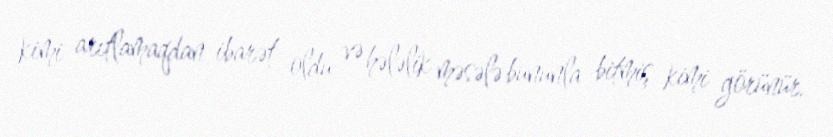
kimi arıtlamaqdan ibarət oldu və hələlik məsələ bununla bitmiş kimi görünür.